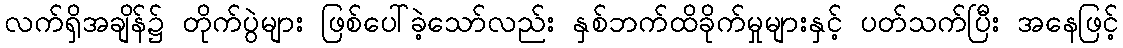
လက်ရှိအချိန်၌ တိုက်ပွဲများ ဖြစ်ပေါ်ခဲ့သော်လည်း နှစ်ဘက်ထိခိုက်မှုများနှင့် ပတ်သက်ပြီး အနေဖြင့်